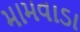
મામવાડા